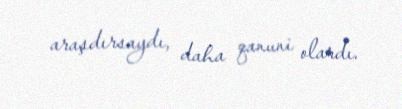
araşdırsaydı, daha qanuni olardı.